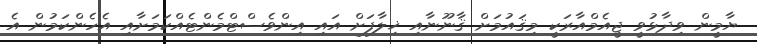
ޔާމީން ވިދާޅުވީ ޖީއެމްއާރަކީ މިޤައުމަށް ޤާނޫނާއި ޚިލާފަށް އައި އިންވެސްޓްމެންޓެއްކަމަށާއި އެހެންކަމުން އެ